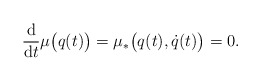
\begin{gather*} \frac{\mathrm{d}}{\mathrm{d}t} \mu \bigl( q (t) \bigr) = \mu _\ast \bigl( q (t) , \dot{q} (t) \bigr) = 0 . \end{gather*}